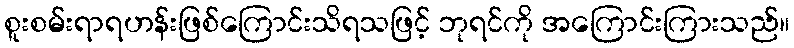
စူးစမ်းရာရဟန်းဖြစ်ကြောင်းသိရသဖြင့် ဘုရင်ကို အကြောင်းကြားသည်။